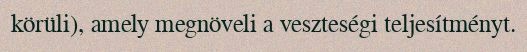
körüli), amely megnöveli a veszteségi teljesítményt.